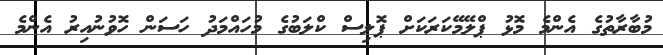
މުބާރާތުގެ އެންމެ މޮޅު ޕްލޭމޭކަރަކަށް ޕޮލިސް ކްލަބުގެ މުހައްމަދު ހަސަން ހޮވުނުއިރު އެންމެ